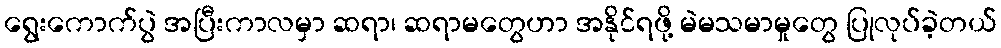
ရွေးကောက်ပွဲ အပြီးကာလမှာ ဆရာ၊ ဆရာမတွေဟာ အနိုင်ရဖို့ မဲမသမာမှုတွေ ပြုလုပ်ခဲ့တယ်